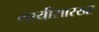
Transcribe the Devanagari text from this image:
गायीसारखा